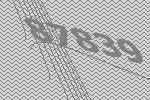
87839